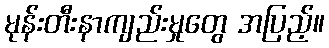
မုန်းတီးနာကျည်းမှုတွေ အပြည့်။